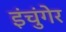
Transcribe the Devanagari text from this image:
इंचुंगेर